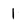
Character: 1